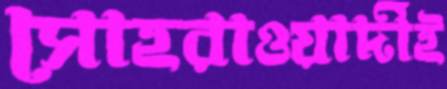
সোহরাওয়ার্দীই